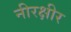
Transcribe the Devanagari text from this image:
नीरक्षीर